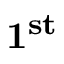
\mathbf { 1 ^ { s t } }